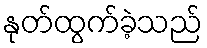
နုတ်ထွက်ခဲ့သည်